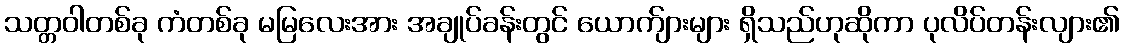
သတ္တဝါတစ်ခု ကံတစ်ခု မမြလေးအား အချုပ်ခန်းတွင် ယောက်ျားများ ရှိသည်ဟုဆိုကာ ပုလိပ်တန်းလျား၏